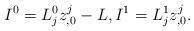
LaTeX: \begin{align*}I^0=L_j^0z^j_{,0}-L,I^1=L^1_j z^j_{,0}. \end{align*}